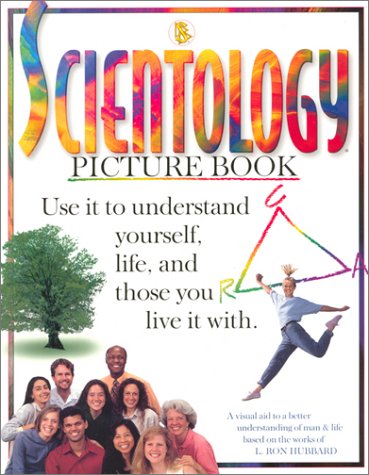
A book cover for Basic Scientology Picture Book; L. Ron Hubbard; Religion & Spirituality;